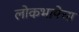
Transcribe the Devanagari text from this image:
लोकभाषेचा